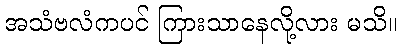
အသံဗလံကပင် ကြားသာနေလို့လား မသိ။